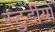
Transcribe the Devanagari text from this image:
स्टुडीयो